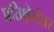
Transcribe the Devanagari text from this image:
प्रतिक्षेनंतर